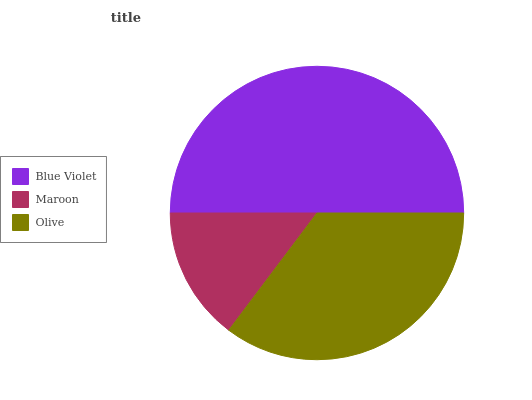
| Blue Violet | Maroon | Olive |
 | --- | --- | --- |
 | 50% | 14.7% | 35.3% |